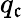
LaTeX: q_{\mathfrak{c}}